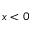
x < 0